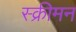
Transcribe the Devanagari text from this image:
स्क्रीमन